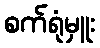
စက်ရုံမှူး